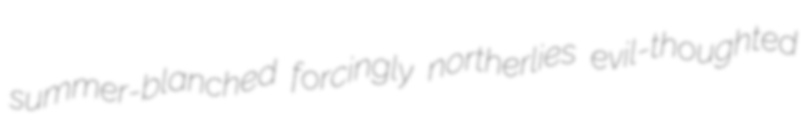
summer-blanched forcingly northerlies evil-thoughted